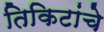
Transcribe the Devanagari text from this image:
तिकिटांचे